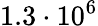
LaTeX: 1.3\cdot 10^{6}